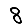
Digit: 8